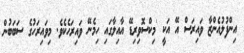
އިންފުލުއެންޒާ ވައިރަސް އޭ އަކީ 'މިކްސޮވިރިޑޭ އާއިލާގައި ހިމެނޭ ވައިރަހެކެވެ. މިވައިރަހުގެ ސަބަބުން